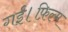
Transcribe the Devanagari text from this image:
गई।फ़िल्म